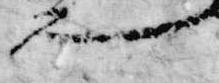
也